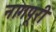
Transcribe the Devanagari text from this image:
नागपूरी